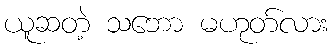
ယူဆတဲ့ သဘော မဟုတ်လား